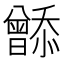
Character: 𬁮